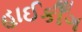
હાઈકીઁગ